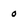
Character: o